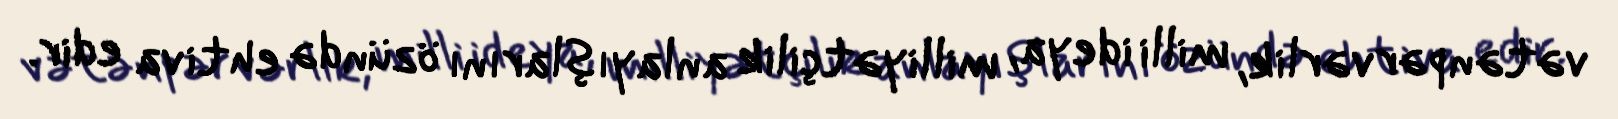
vətənpərvərlik, milli ideya, milliyətçilik anlayışlarını özündə ehtiva edir.